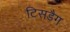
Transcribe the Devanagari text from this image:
टिसडैग